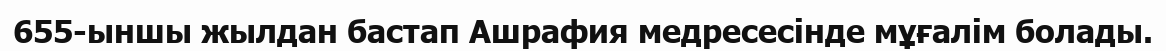
655-ыншы жылдан бастап Ашрафия медресесінде мұғалім болады.